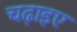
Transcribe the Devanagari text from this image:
चढ़ाइए